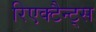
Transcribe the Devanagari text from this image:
रिएक्टैन्ट्स